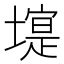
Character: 𱗿